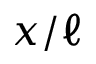
x / \ell